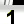
Digit: 1